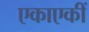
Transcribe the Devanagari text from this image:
एकाएकीं